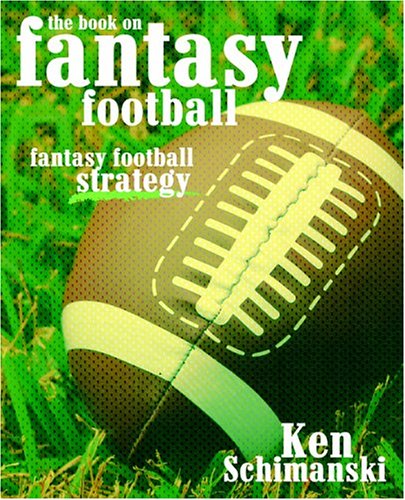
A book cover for The Book on Fantasy Football: Fantasy Football Strategy; Ken Schimanski; Humor & Entertainment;